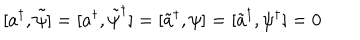
LaTeX: [ a ^ { \dagger } , \tilde { \psi } ] = [ a ^ { \dagger } , \tilde { \psi } ^ { \dagger } ] = [ \tilde { a } ^ { \dagger } , \psi ] = [ \tilde { a } ^ { \dagger } , \psi ^ { \dagger } ] = 0